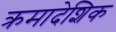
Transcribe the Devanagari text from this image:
क्रमादेशिक